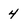
Character: 4